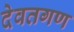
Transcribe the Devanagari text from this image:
देवतगण